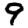
Digit: 9